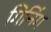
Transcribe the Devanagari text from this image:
गिनिंग